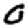
Digit: 0